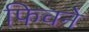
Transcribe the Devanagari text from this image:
फिचने